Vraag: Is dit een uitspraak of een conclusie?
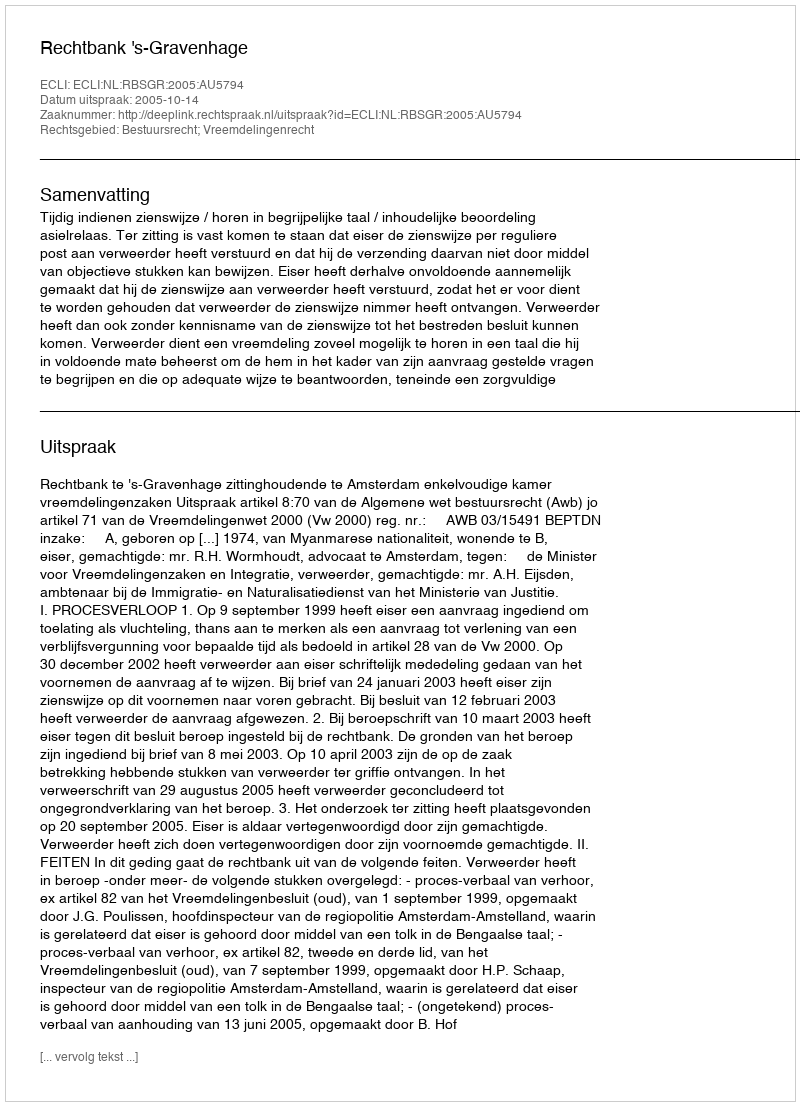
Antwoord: Uitspraak